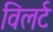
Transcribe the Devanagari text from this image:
विलर्ट